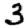
Digit: 3